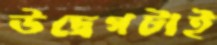
উদ্বেগটাই